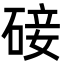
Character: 𮀨